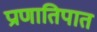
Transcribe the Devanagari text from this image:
प्राणातिपात